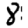
Digit: 8